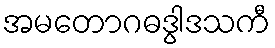
အမတောဂဓဒွါဒသကီ